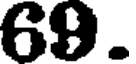
69.